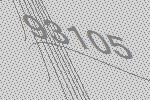
93105